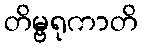
တိမ္ဗရုကာတိ